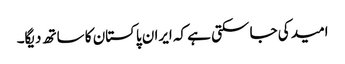
امید کی جا سکتی ہے کہ ایران پاکستان کا ساتھ دیگا۔